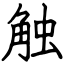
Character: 触